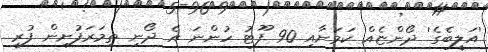
'އަލީބެގެ' ދޯންޏެއް ކަމަށާއި 90 ފޫޓު ހުންނަ އެ ދޯނި ތިމަރަފުށިން ފުރީ